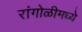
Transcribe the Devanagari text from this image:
रांगोळीमध्ये